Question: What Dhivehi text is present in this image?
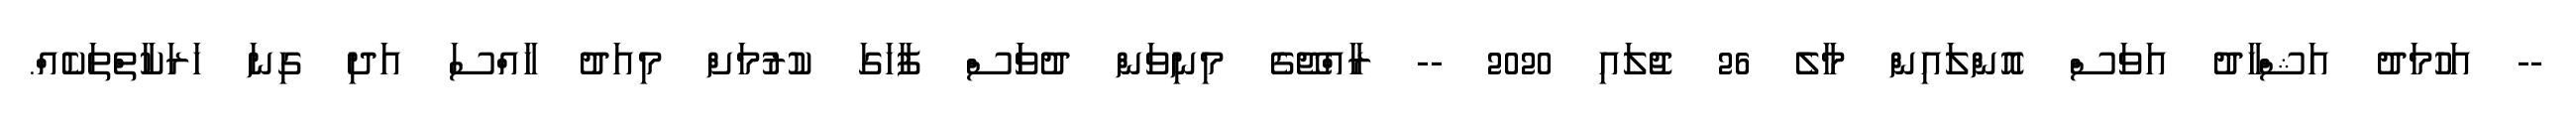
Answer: -- އަހުމަދު އަޝްހާދު އަވަސް އޮންލައިން މާލެ 26 ޖުލައި 2020 -- ރާއްޖޭގެ މިނިވަން ދުވަަސް ފާހަގަ ކުރުމަށް މިއަދު ހާއްސަ އަދި ގިނަ ހަރަކާތްތަކެއް.